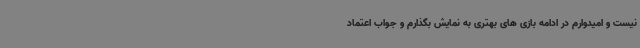
نیست و امیدوارم در ادامه بازی های بهتری به نمایش بگذارم و جواب اعتماد